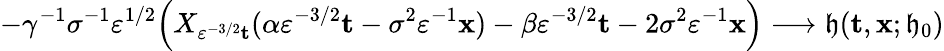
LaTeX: -\gamma^{-1}\sigma^{-1}\varepsilon^{1/2}\Big(X_{\varepsilon^{-3/2}\mathbf{t}}(\alpha\varepsilon^{-3/2}\mathbf{t}-\sigma^{2}\varepsilon^{-1}\mathbf{x})-\beta\varepsilon^{-3/2}\mathbf{t}-2\sigma^{2}\varepsilon^{-1}\mathbf{x}\Big)\longrightarrow\mathfrak{h}(\mathbf{t},\mathbf{x};\mathfrak{h}_{0})